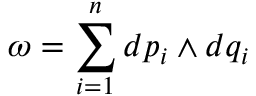
\omega = \sum _ { i = 1 } ^ { n } d p _ { i } \wedge d q _ { i }